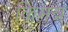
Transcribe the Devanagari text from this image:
किमत्र